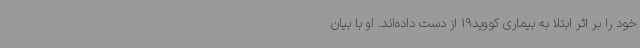
خود را بر اثر ابتلا به بیماری کووید19 از دست داده‌اند. او با بیان